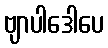
ဗျာပါဒေါပေ